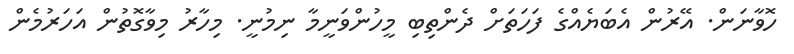
ހޮވާނަން. އޭރުން އެބަޔެއްގެ ފަހަތަށް ދެންތިބި މީހުންވަނީމާ ނިމުނީ. މިހާރު މިވާގޮތުން އަހަރުމެން